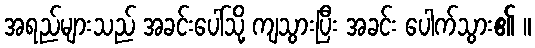
အရည်များသည် အခင်းပေါ်သို့ ကျသွားပြီး အခင်း ပေါက်သွား၏ ။